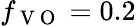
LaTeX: f_{\mathrm{~V~O~}}=0.2